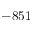
- 8 5 1